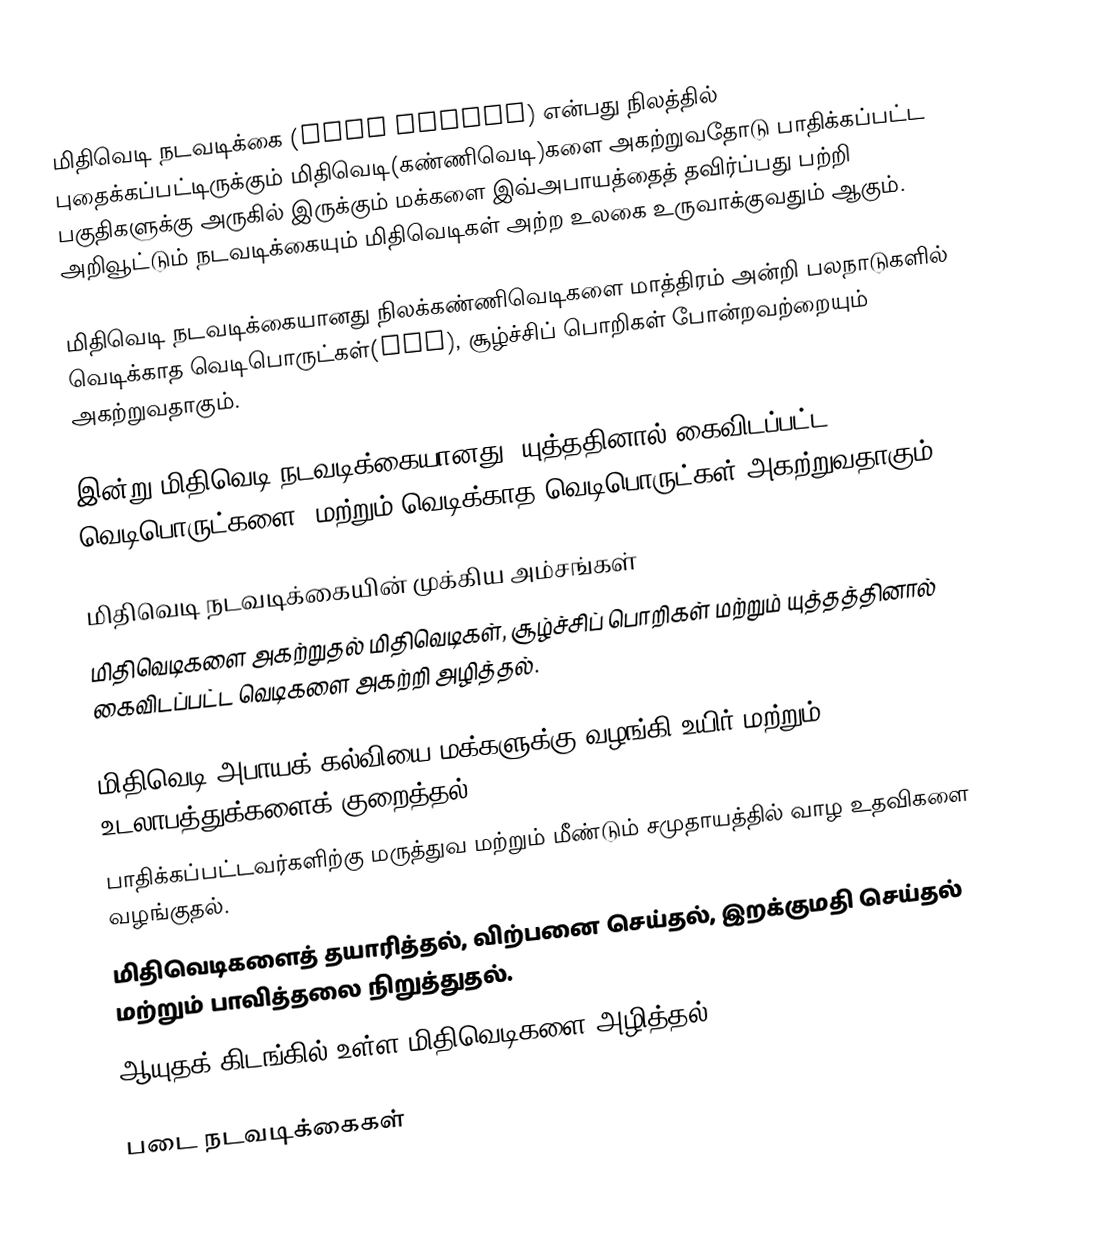
மிதிவெடி நடவடிக்கை (mine action) என்பது நிலத்தில் புதைக்கப்பட்டிருக்கும் மிதிவெடி(கண்ணிவெடி)களை அகற்றுவதோடு பாதிக்கப்பட்ட பகுதிகளுக்கு அருகில் இருக்கும் மக்களை இவ்அபாயத்தைத் தவிர்ப்பது பற்றி அறிவூட்டும் நடவடிக்கையும் மிதிவெடிகள் அற்ற உலகை உருவாக்குவதும் ஆகும்.

மிதிவெடி நடவடிக்கையானது நிலக்கண்ணிவெடிகளை மாத்திரம் அன்றி பலநாடுகளில் வெடிக்காத வெடிபொருட்கள்(UXO), சூழ்ச்சிப் பொறிகள் போன்றவற்றையும் அகற்றுவதாகும்.

இன்று மிதிவெடி நடவடிக்கையானது "யுத்ததினால் கைவிடப்பட்ட வெடிபொருட்களை" மற்றும் வெடிக்காத வெடிபொருட்கள் அகற்றுவதாகும்.

மிதிவெடி நடவடிக்கையின் முக்கிய அம்சங்கள்
மிதிவெடிகளை அகற்றுதல் மிதிவெடிகள், சூழ்ச்சிப் பொறிகள் மற்றும் யுத்தத்தினால் கைவிடப்பட்ட வெடிகளை அகற்றி அழித்தல்.

மிதிவெடி அபாயக் கல்வியை மக்களுக்கு வழங்கி உயிர் மற்றும் உடலாபத்துக்களைக் குறைத்தல்.
பாதிக்கப்பட்டவர்களிற்கு மருத்துவ மற்றும் மீண்டும் சமுதாயத்தில் வாழ உதவிகளை வழங்குதல்.
மிதிவெடிகளைத் தயாரித்தல், விற்பனை செய்தல், இறக்குமதி செய்தல் மற்றும் பாவித்தலை நிறுத்துதல்.
 ஆயுதக் கிடங்கில் உள்ள மிதிவெடிகளை அழித்தல்.

படை நடவடிக்கைகள்